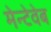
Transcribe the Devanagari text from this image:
मेन्टेवेब